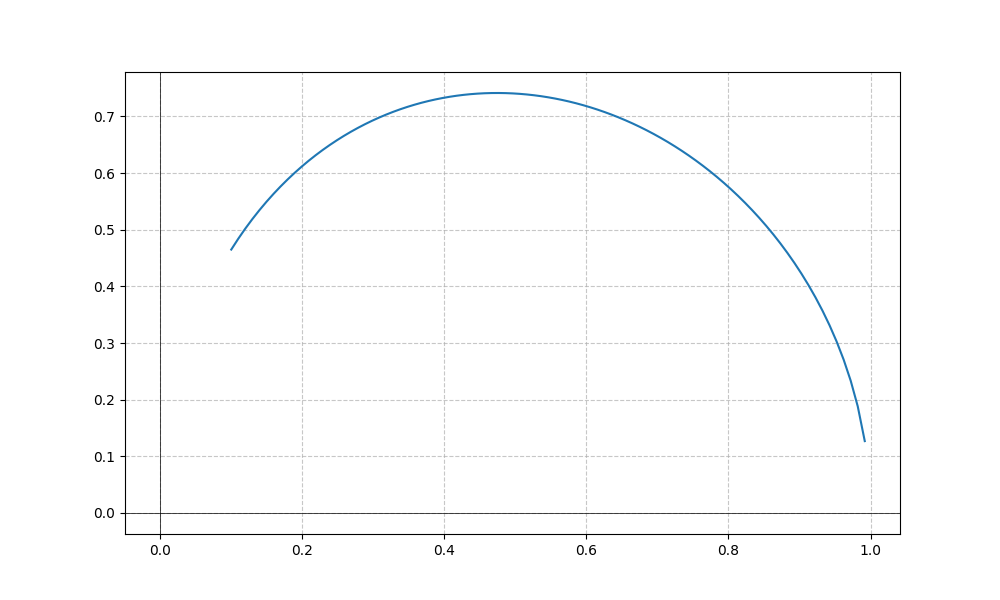
LaTeX formula: \sqrt{x} \operatorname{acos}{\left(x \right)}